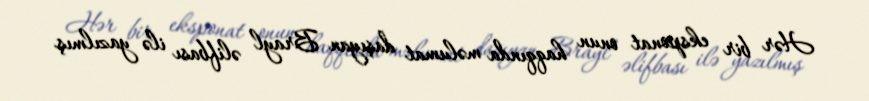
Hər bir eksponat onun haqqında məlumat daşıyan Brayl əlifbası ilə yazılmış